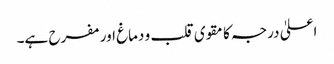
اعلیٰ درجہ کا مقوی قلب و دماغ اور مفرح ہے۔